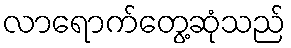
လာရောက်တွေ့ဆုံသည်